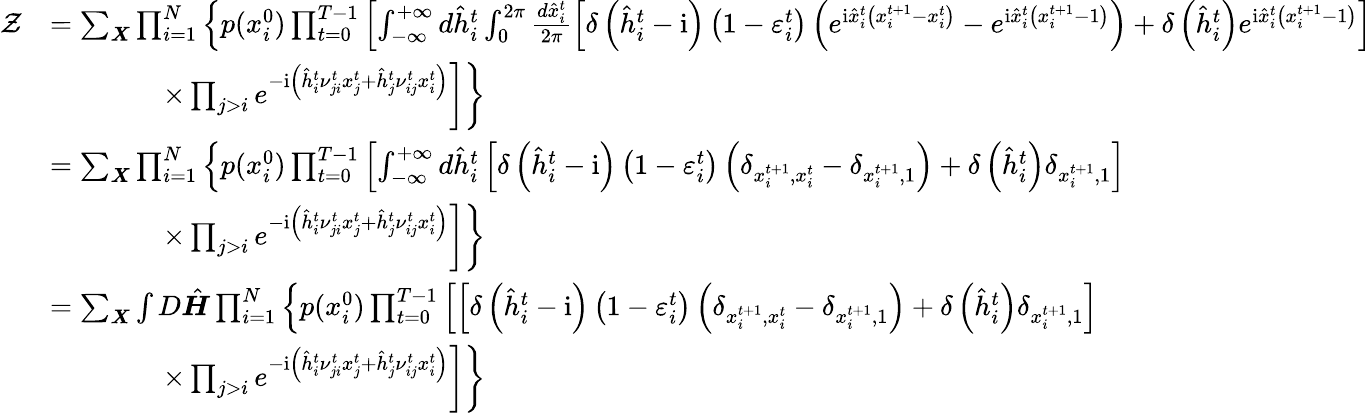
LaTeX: \begin{array}{rl}{\mathcal{Z}}&{=\sum_{\boldsymbol{X}}\prod_{i=1}^{N}\left\{ p(x_{i}^{0})\prod_{t=0}^{T-1}\left[\int_{-\infty}^{+\infty}d\hat{h}_{i}^{t}\int_{0}^{2\pi}\frac{d\hat{x}_{i}^{t}}{2\pi}\left[\delta\left(\hat{h}_{i}^{t}-\mathrm{i}\right)\left(1-\varepsilon_{i}^{t}\right)\left(e^{\mathrm{i}\hat{x}_{i}^{t}\left(x_{i}^{t+1}-x_{i}^{t}\right)}-e^{\mathrm{i}\hat{x}_{i}^{t}\left(x_{i}^{t+1}-1\right)}\right)+\delta\left(\hat{h}_{i}^{t}\right)e^{\mathrm{i}\hat{x}_{i}^{t}\left(x_{i}^{t+1}-1\right)}\right]\right.\right.}\\ &{\left.\left.\qquad\qquad\times\prod_{j>i}e^{-\mathrm{i}\left(\hat{h}_{i}^{t}\nu_{ji}^{t}x_{j}^{t}+\hat{h}_{j}^{t}\nu_{ij}^{t}x_{i}^{t}\right)}\right]\right\} }\\ &{=\sum_{\boldsymbol{X}}\prod_{i=1}^{N}\left\{ p(x_{i}^{0})\prod_{t=0}^{T-1}\left[\int_{-\infty}^{+\infty}d\hat{h}_{i}^{t}\left[\delta\left(\hat{h}_{i}^{t}-\mathrm{i}\right)\left(1-\varepsilon_{i}^{t}\right)\left(\delta_{x_{i}^{t+1},x_{i}^{t}}-\delta_{x_{i}^{t+1},1}\right)+\delta\left(\hat{h}_{i}^{t}\right)\delta_{x_{i}^{t+1},1}\right]\right.\right.}\\ &{\left.\left.\qquad\qquad\times\prod_{j>i}e^{-\mathrm{i}\left(\hat{h}_{i}^{t}\nu_{ji}^{t}x_{j}^{t}+\hat{h}_{j}^{t}\nu_{ij}^{t}x_{i}^{t}\right)}\right]\right\} }\\ &{=\sum_{\boldsymbol{X}}\int{D}\hat{\boldsymbol{H}}\prod_{i=1}^{N}\left\{ p(x_{i}^{0})\prod_{t=0}^{T-1}\left[\left[\delta\left(\hat{h}_{i}^{t}-\mathrm{i}\right)\left(1-\varepsilon_{i}^{t}\right)\left(\delta_{x_{i}^{t+1},x_{i}^{t}}-\delta_{x_{i}^{t+1},1}\right)+\delta\left(\hat{h}_{i}^{t}\right)\delta_{x_{i}^{t+1},1}\right]\right.\right.}\\ &{\left.\left.\qquad\qquad\times\prod_{j>i}e^{-\mathrm{i}\left(\hat{h}_{i}^{t}\nu_{ji}^{t}x_{j}^{t}+\hat{h}_{j}^{t}\nu_{ij}^{t}x_{i}^{t}\right)}\right]\right\} }\end{array}